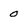
Character: 0